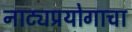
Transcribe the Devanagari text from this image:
नाट्यप्रयोगाचा